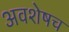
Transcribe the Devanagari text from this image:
अवशेषच